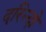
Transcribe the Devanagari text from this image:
दरिन्‍दो